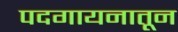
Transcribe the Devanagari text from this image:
पदगायनातून